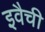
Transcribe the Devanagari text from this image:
इवैची